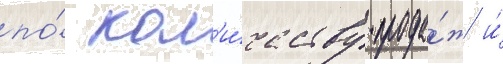
по́ кол'и́честву прода́ж и́